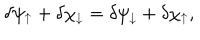
\delta \psi _ { \uparrow } + \delta \chi _ { \downarrow } = \delta \psi _ { \downarrow } + \delta \chi _ { \uparrow } ,